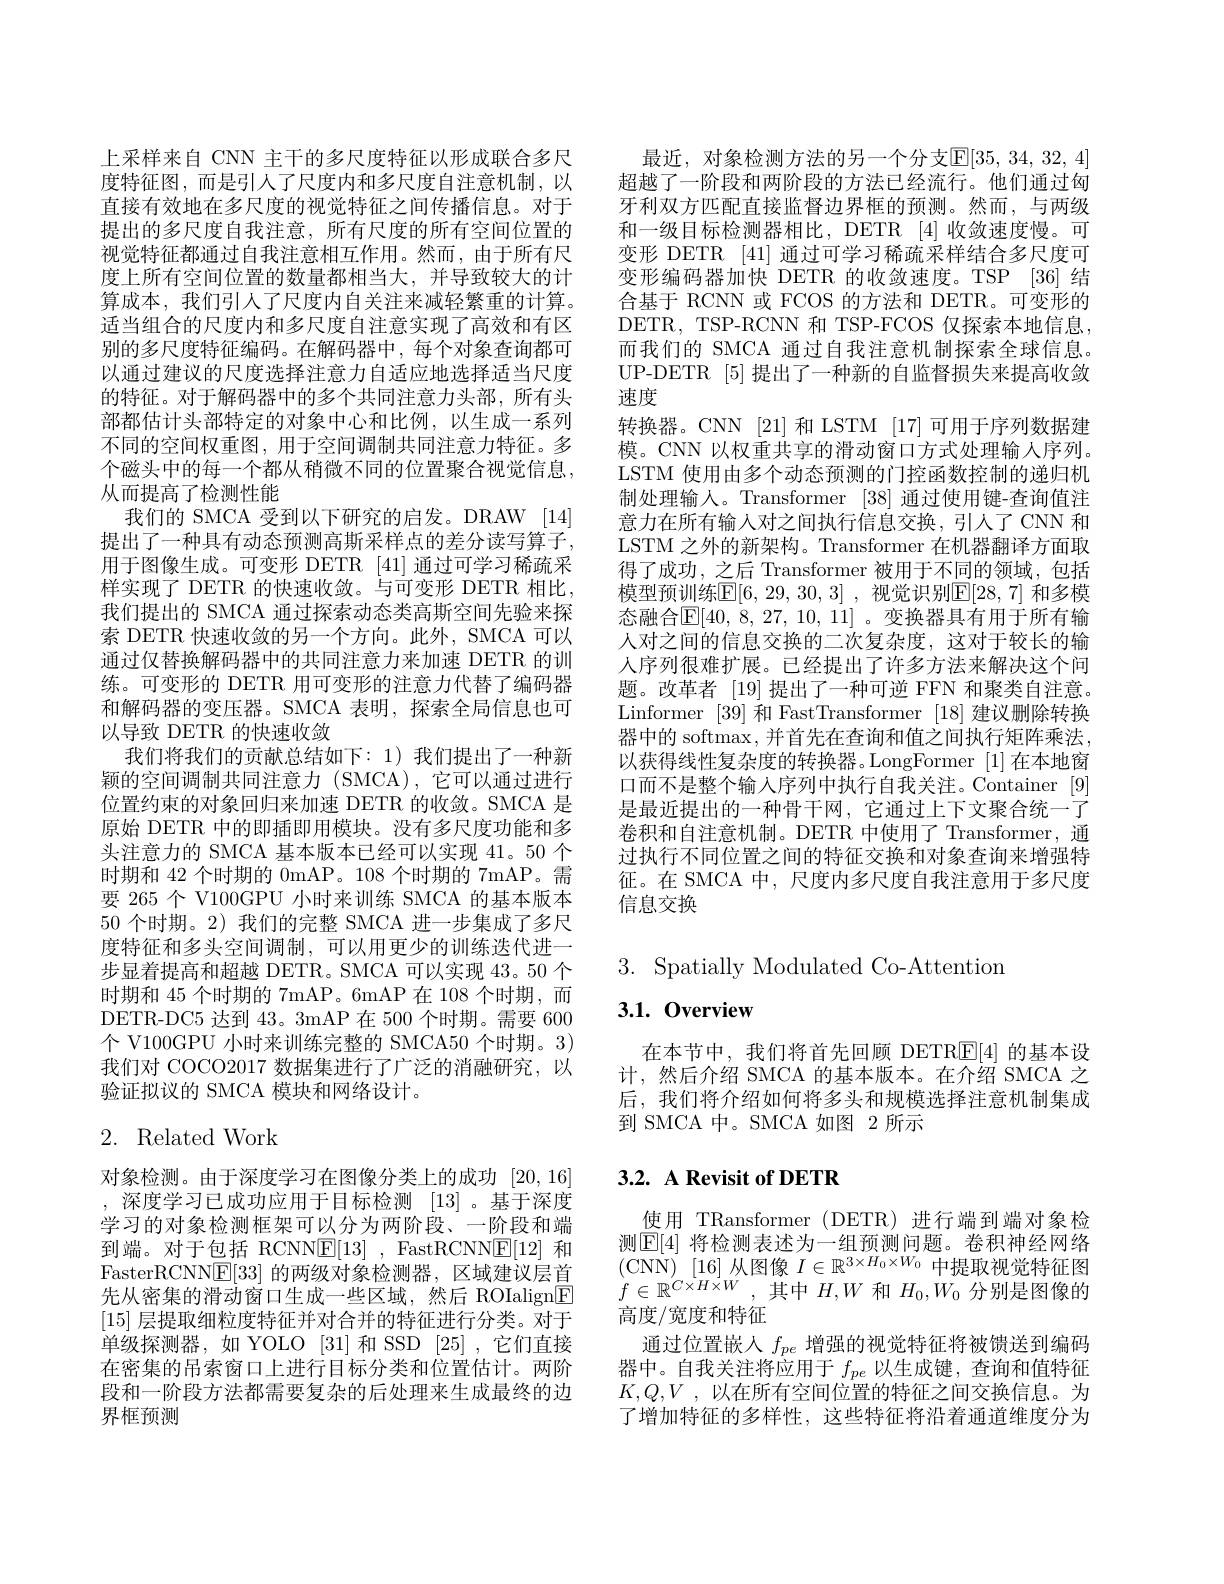
上采样来自 CNN 主干的多尺度特征以形成联合多尺度特征图，而是引人了尺度内和多尺度自注意机制，以直接有效地在多尺度的视觉特征之间传播信息。对于提出的多尺度自我注意，所有尺度的所有空间位置的视觉特征都通过自我注意相互作用。然而，由于所有尺度上所有空间位置的数量都相当大，并导致较大的计算成本，我们引人了尺度内自关注来减轻繁重的计算。适当组合的尺度内和多尺度自注意实现了高效和有区别的多尺度特征编码。在解码器中，每个对象查询都可以通过建议的尺度选择注意力自适应地选择适当尺度的特征。对于解码器中的多个共同注意力头部，所有头部都估计头部特定的对象中心和比例，以生成一系列不同的空间权重图，用于空间调制共同注意力特征。多个磁头中的每一个都从稍微不同的位置聚合视觉信息， 从而提高了检测性能
我们的 SMCA 受到以下研究的启发。DRAW [14] 提出了一种具有动态预测高斯采样点的差分读写算子， 用于图像生成。可变形 DETR [41] 通过可学习稀疏采样实现了 DETR 的快速收敛。与可变形 DETR 相比， 我们提出的 SMCA 通过探索动态类高斯空间先验来探索 DETR 快速收敛的另一个方向。此外，SMCA 可以通过仅替换解码器中的共同注意力来加速 DETR 的训练。可变形的 DETR 用可变形的注意力代替了编码器和解码器的变压器。SMCA 表明，探索全局信息也可以导致 DETR 的快速收敛
我们将我们的贡献总结如下：1)我们提出了一种新颖的空间调制共同注意力 (SMCA),它可以通过进行位置约束的对象回归来加速 DETR 的收敛。SMCA 是原始 DETR 中的即插即用模块。没有多尺度功能和多头注意力的 SMCA 基本版本已经可以实现 41。50 个时期和 42 个时期的 0mAP。108 个时期的 7mAP。需要 265 个 V100GPU 小时来训练 SMCA 的基本版本50 个时期。2) 我们的完整 SMCA 进一步集成了多尺度特征和多头空间调制，可以用更少的训练迭代进一步显着提高和超越 DETR。SMCA 可以实现 43。50 个时期和 45 个时期的 7mAP。6mAP 在 108 个时期，而DETR-DC5 达到 43。3mAP 在 500 个时期。需要 600个 V100GPU 小时来训练完整的 SMCA50 个时期。3) 我们对 COCO2017 数据集进行了广泛的消融研究，以验证拟议的 SMCA 模块和网络设计。

# 2. Related Work

对象检测。由于深度学习在图像分类上的成功 [20,16] , 深度学习已成功应用于目标检测 [13]。基于深度学习的对象检测框架可以分为两阶段、一阶段和端到端。对于包括 RCNN$\underline{\mathrm{E}}[13]$, FastRCNNE[12] 和FasterRCNN$\underline{\mathrm{E}}[33]$的两级对象检测器，区域建议层首先从密集的滑动窗口生成一些区域，然后 ROIalign$\boxed{\mathrm{F}}$ [15]层提取细粒度特征并对合并的特征进行分类。对于单级探测器，如 YOLO [31] 和 SSD [25] ,它们直接在密集的吊索窗口上进行目标分类和位置估计。两阶段和一阶段方法都需要复杂的后处理来生成最终的边界框预测

最近，对象检测方法的另一个分支$\mathbb{E}[35,34,32,4]$ 超越了一阶段和两阶段的方法已经流行。他们通过匈牙利双方匹配直接监督边界框的预测。然而，与两级和一级目标检测器相比，DETR [4]收敛速度慢。可变形 DETR [41] 通过可学习稀疏采样结合多尺度可变形编码器加快 DETR 的收敛速度。TSP [36] 结合基于 RCNN 或 FCOS 的方法和 DETR。可变形的DETR, TSP-RCNN 和 TSP-FCOS 仅探索本地信息， 而我们的 SMCA 通过自我注意机制探索全球信息。UP-DETR [5]提出了一种新的自监督损失来提高收敛速度
转换器。CNN [21] 和 LSTM [17]可用于序列数据建模。CNN 以权重共享的滑动窗口方式处理输入序列。LSTM 使用由多个动态预测的门控函数控制的递归机制处理输人。Transformer [38] 通过使用键-查询值注意力在所有输人对之间执行信息交换，引人了 CNN 和LSTM 之外的新架构。Transformer 在机器翻译方面取得了成功，之后 Transformer 被用于不同的领域，包括模型预训练$\overline{\mathbb{E}}[6,29,30,3]$ ,视觉识别$\mathbb{E}[28,7]$ 和多模态融合$\mathbb{E} [ 40$, 8, 27, 10, 11] 。变换器具有用于所有输人对之间的信息交换的二次复杂度，这对于较长的输人序列很难扩展。已经提出了许多方法来解决这个问题。改革者 [19]提出了一种可逆 FFN 和聚类自注意。Linformer [39]和 FastTransformer [18]建议删除转换器中的 softmax, 并首先在查询和值之间执行矩阵乘法， 以获得线性复杂度的转换器。LongFormer [1]在本地窗口而不是整个输入序列中执行自我关注。Container [9] 是最近提出的一种骨干网，它通过上下文聚合统一了卷积和自注意机制。DETR 中使用了 Transformer, 通过执行不同位置之间的特征交换和对象查询来增强特征。在 SMCA 中，尺度内多尺度自我注意用于多尺度信息交换

$3.{\mathrm{~Spatially~Modulated~Co-Attention}}$

# 3.1.0verview

在本节中，我们将首先回顾 DETR$\underline{\mathrm{F}}[4]$的基本设计，然后介绍 SMCA 的基本版本。在介绍 SMCA 之后，我们将介绍如何将多头和规模选择注意机制集成到 SMCA 中。SMCA 如图 2 所示

# 3.2. A Revisit of DETR

使用 TRansformer (DETR) 进行端到端对象检测$\boxed{\mathrm{E}[4]\text{ 将检测表述为一组预测问题。卷积神经网络}}$ $\begin{array}{l}{(\mathrm{CNN})~[16]~\text{从图像 }I\in\mathbb{R}^{3\times H_{0}\times W_{0}~}~\text{中提取视觉特征图}}\\{f\in\mathbb{R}^{C\times H\times W}~,~\text{其中 }H,W~\text{和 }H_{0},W_{0~}~\text{分别是图像的}}\end{array}$ 高度/宽度和特征
通过位置嵌人$f_{pe}$增强的视觉特征将被馈送到编码器中。自我关注将应用于$f_pe$以生成键，查询和值特征$K, Q, V$ , 以在所有空间位置的特征之间交换信息。为了增加特征的多样性，这些特征将沿着通道维度分为